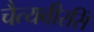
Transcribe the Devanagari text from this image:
चैत्यवीरसिं